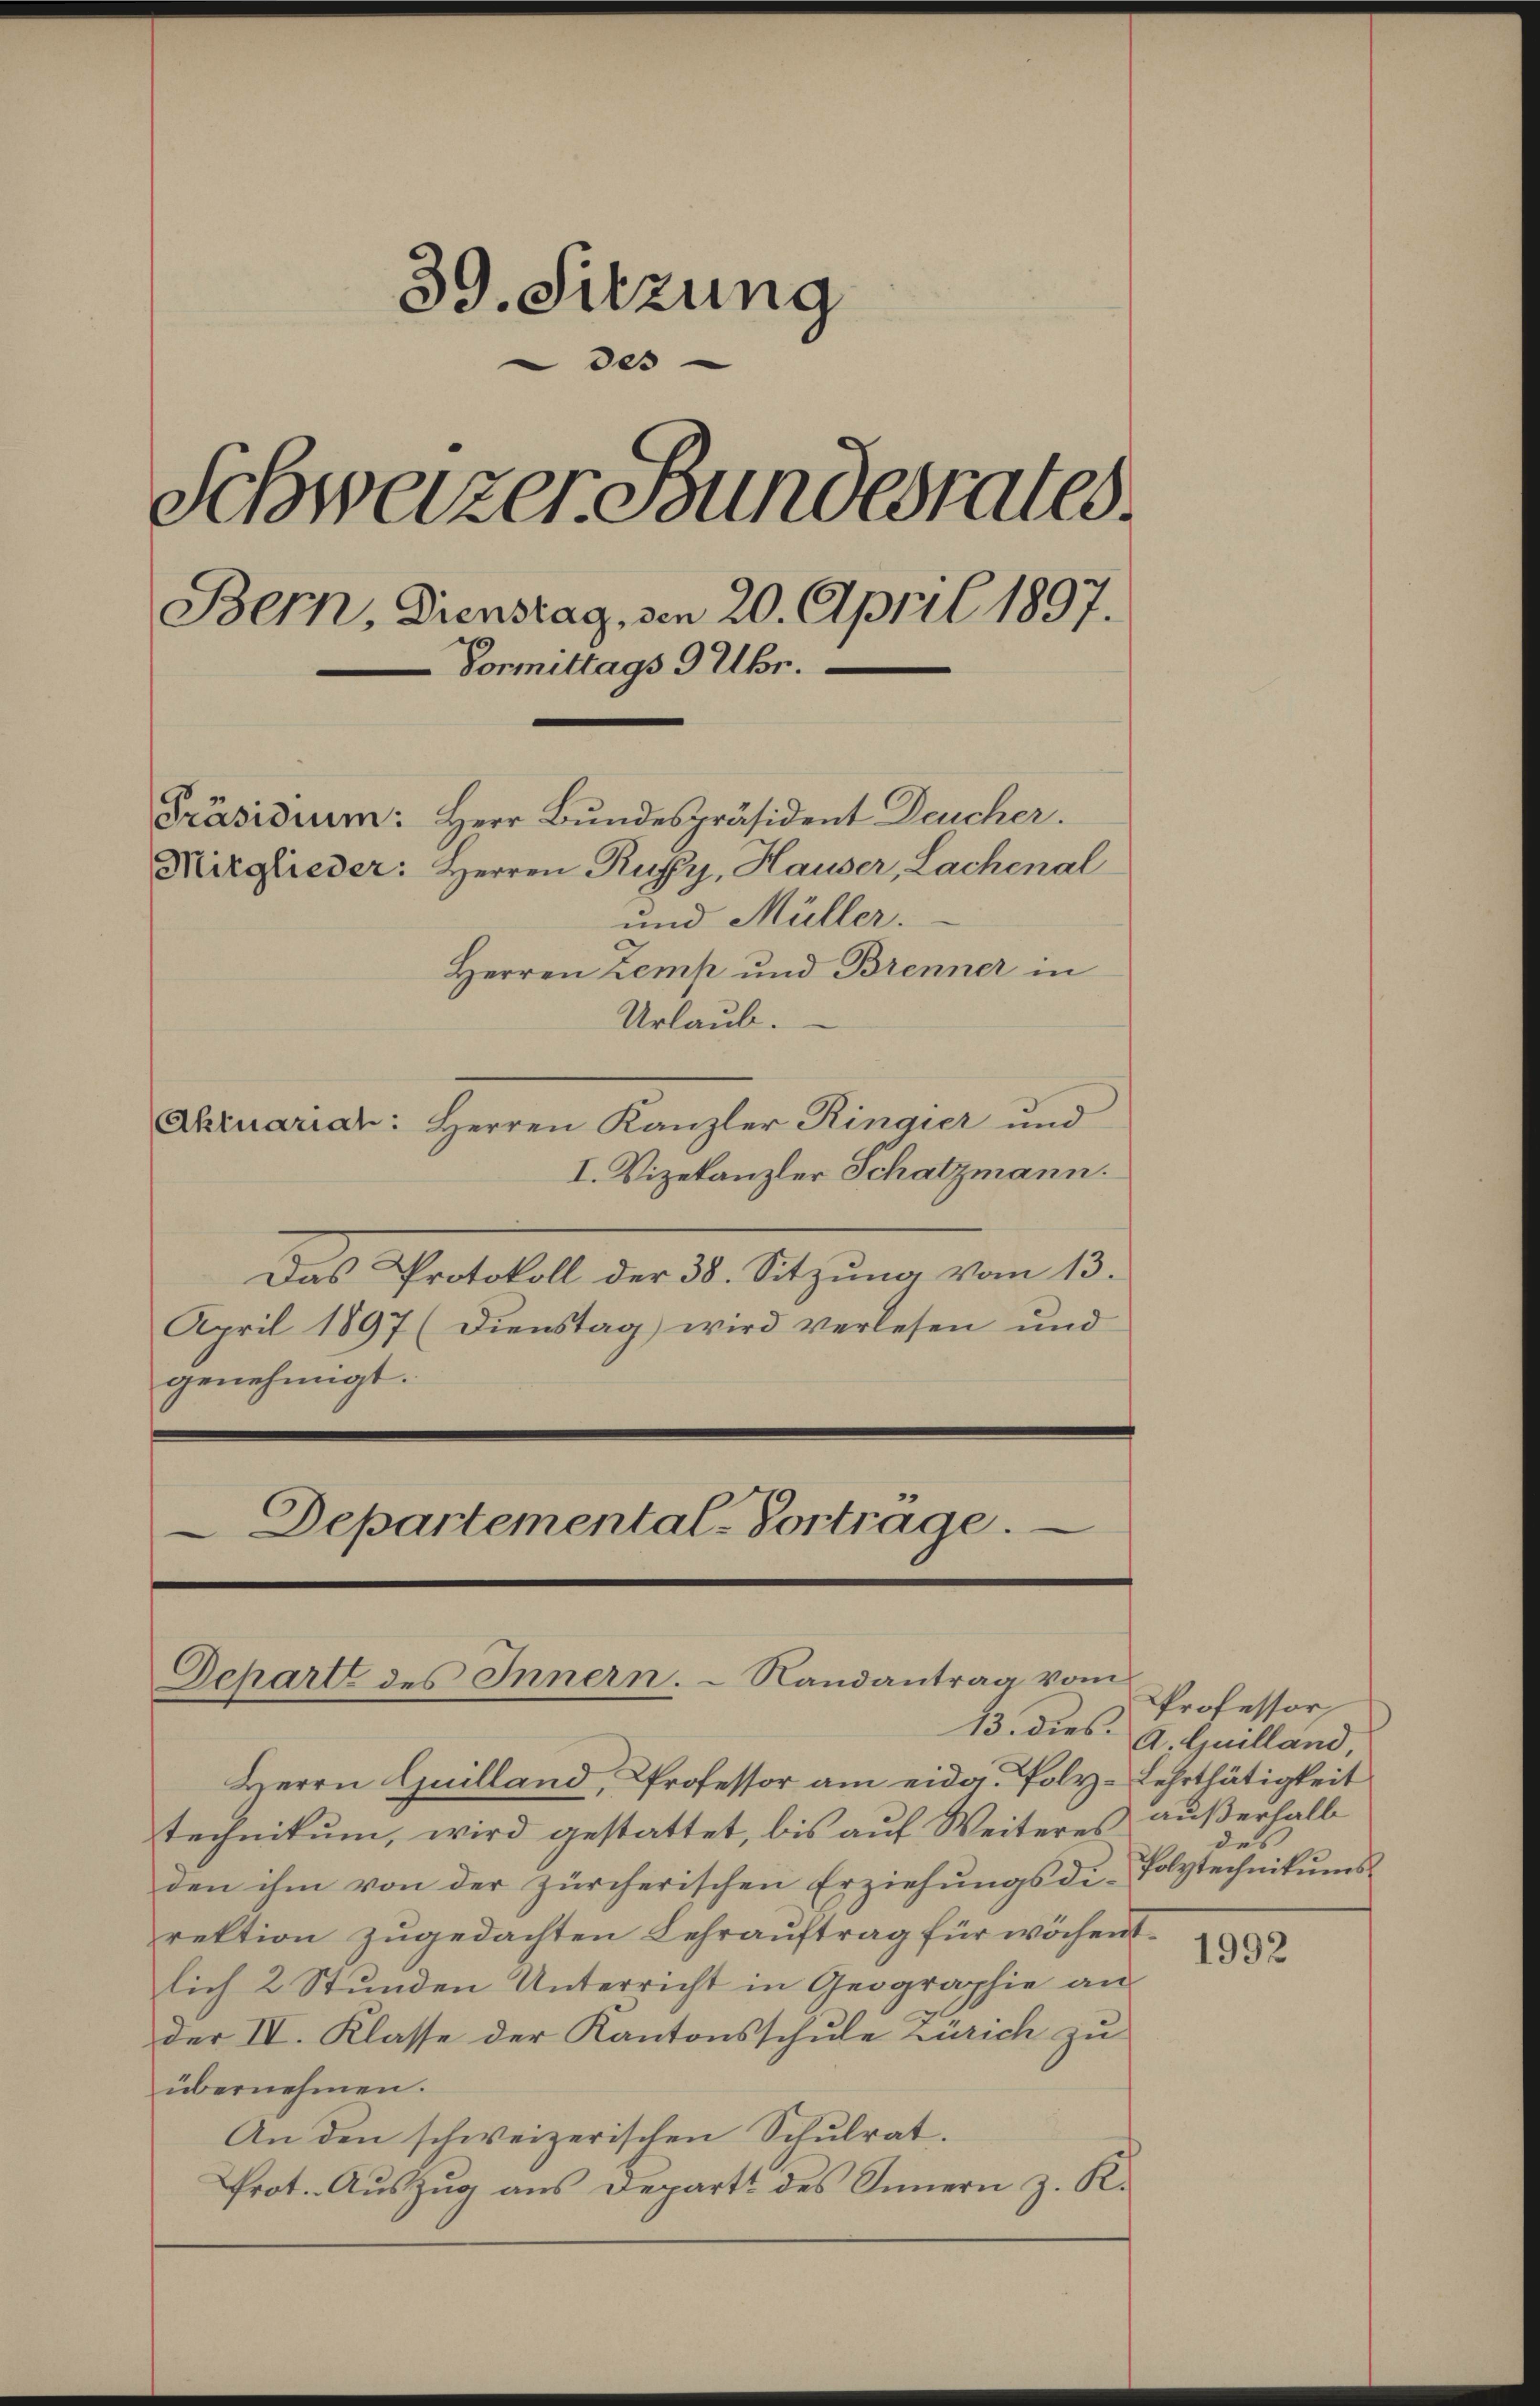
39. Sitzung
des
Schweizer Bundesrates.
Bern, Dienstag, den 20. April 1897.
Vormittags 9 Uhr.
Präsidium: Herr Bundespräsident Deucher.
Mitglieder: Herren Ruffy, Hauser, Lachenal
und Müller.
Herren Zemp und Brenner in

Urlaub.
Akruariar: Herren Kanzler Ringier und
I. Vizekanzler Schatzmann.
Das Protokoll der 38. Sitzung vom 13.
April 1897 (Dienstag wird verlesen und
genehmigt.
Departemental-Vortrage.

Depart des Innern.  Randantrag vom

13. dies A. Guilland,

Herrn Guilland, Professor am eidg. Poly-Lehrthätigkeit
technikum, wird gestattet, bis auf Weiteres außerhalb
den ihm von der zürcherischen Erziehungsdi-
rektion zugedachten Lehrauftrag für wöchentlich 2 Stunden Unterricht in Geographie an
u
der IV. Klasse der Kantonsschule Zürich zu
übernehmen.
An den schweizerischen Schulrat.
Prot. Auszug aus Departt des Innern z. K.

Professor,
de
Polytechnikums

1992